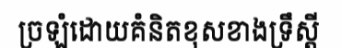
ច្រឡំដោយគំនិតខុសខាងទ្រឹស្តី